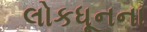
લોકધૂનના